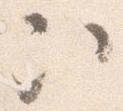
次